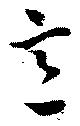
意